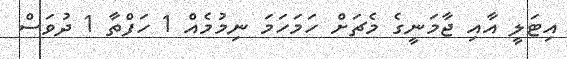
އިޓަލީ އާއި ޖާމަނީގެ މެޗަށް ހަމަހަމަ ނިމުމެއް 1 ހަފްތާ 1 ދުވަސް